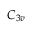
C _ { 3 v }